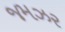
જમઝર